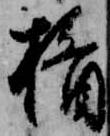
楯